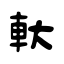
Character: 軑